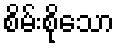
စိမ်းစိုသော